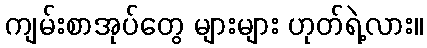
ကျမ်းစာအုပ်တွေ များများ ဟုတ်ရဲ့လား။